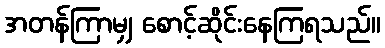
အတန်ကြာမျှ စောင့်ဆိုင်းနေကြရသည်။